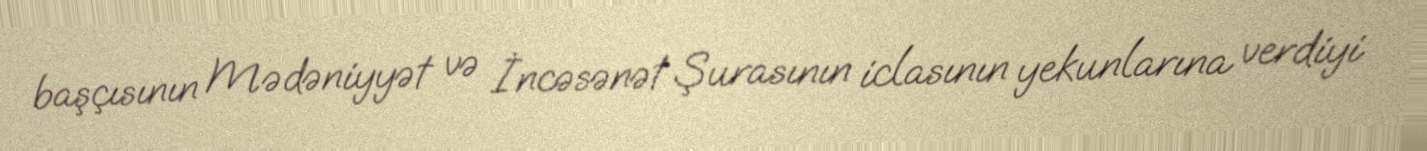
başçısının Mədəniyyət və İncəsənət Şurasının iclasının yekunlarına verdiyi